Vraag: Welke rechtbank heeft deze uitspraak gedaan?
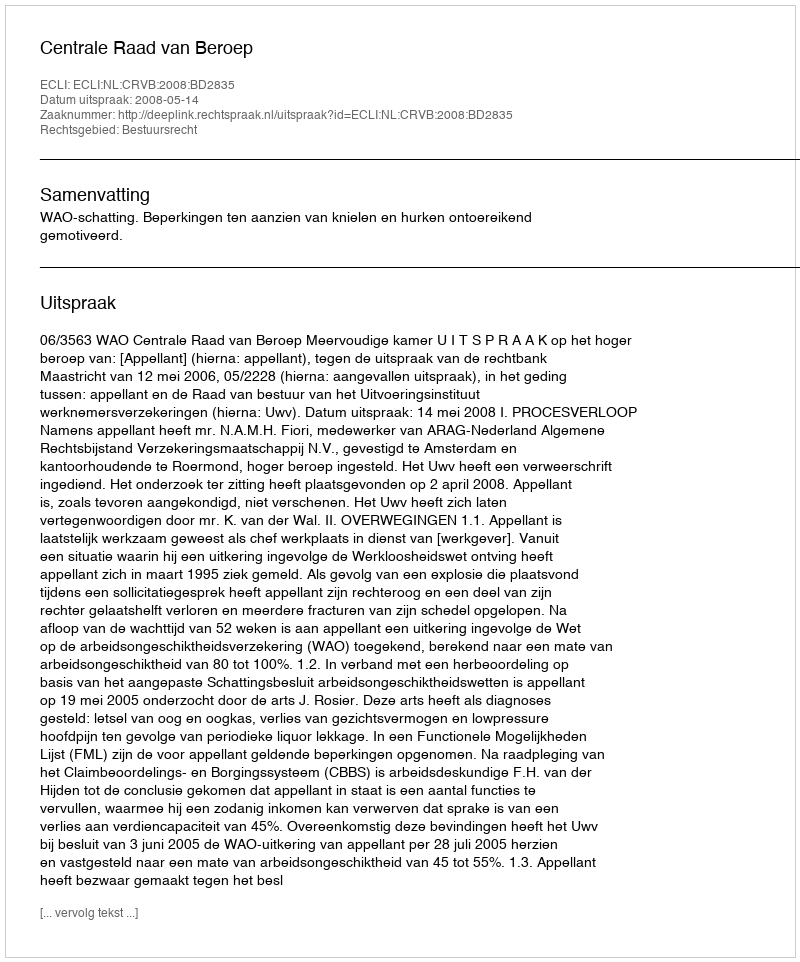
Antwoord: Centrale Raad van Beroep